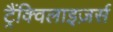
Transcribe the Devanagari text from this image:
ट्रैंक्विलाइज़र्स